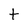
Character: t